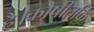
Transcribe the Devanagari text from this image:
है।कौषीतकि